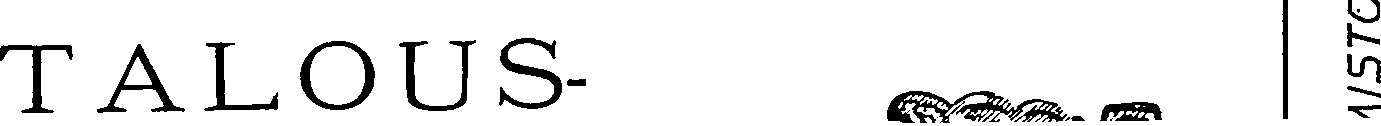
TALOUS-